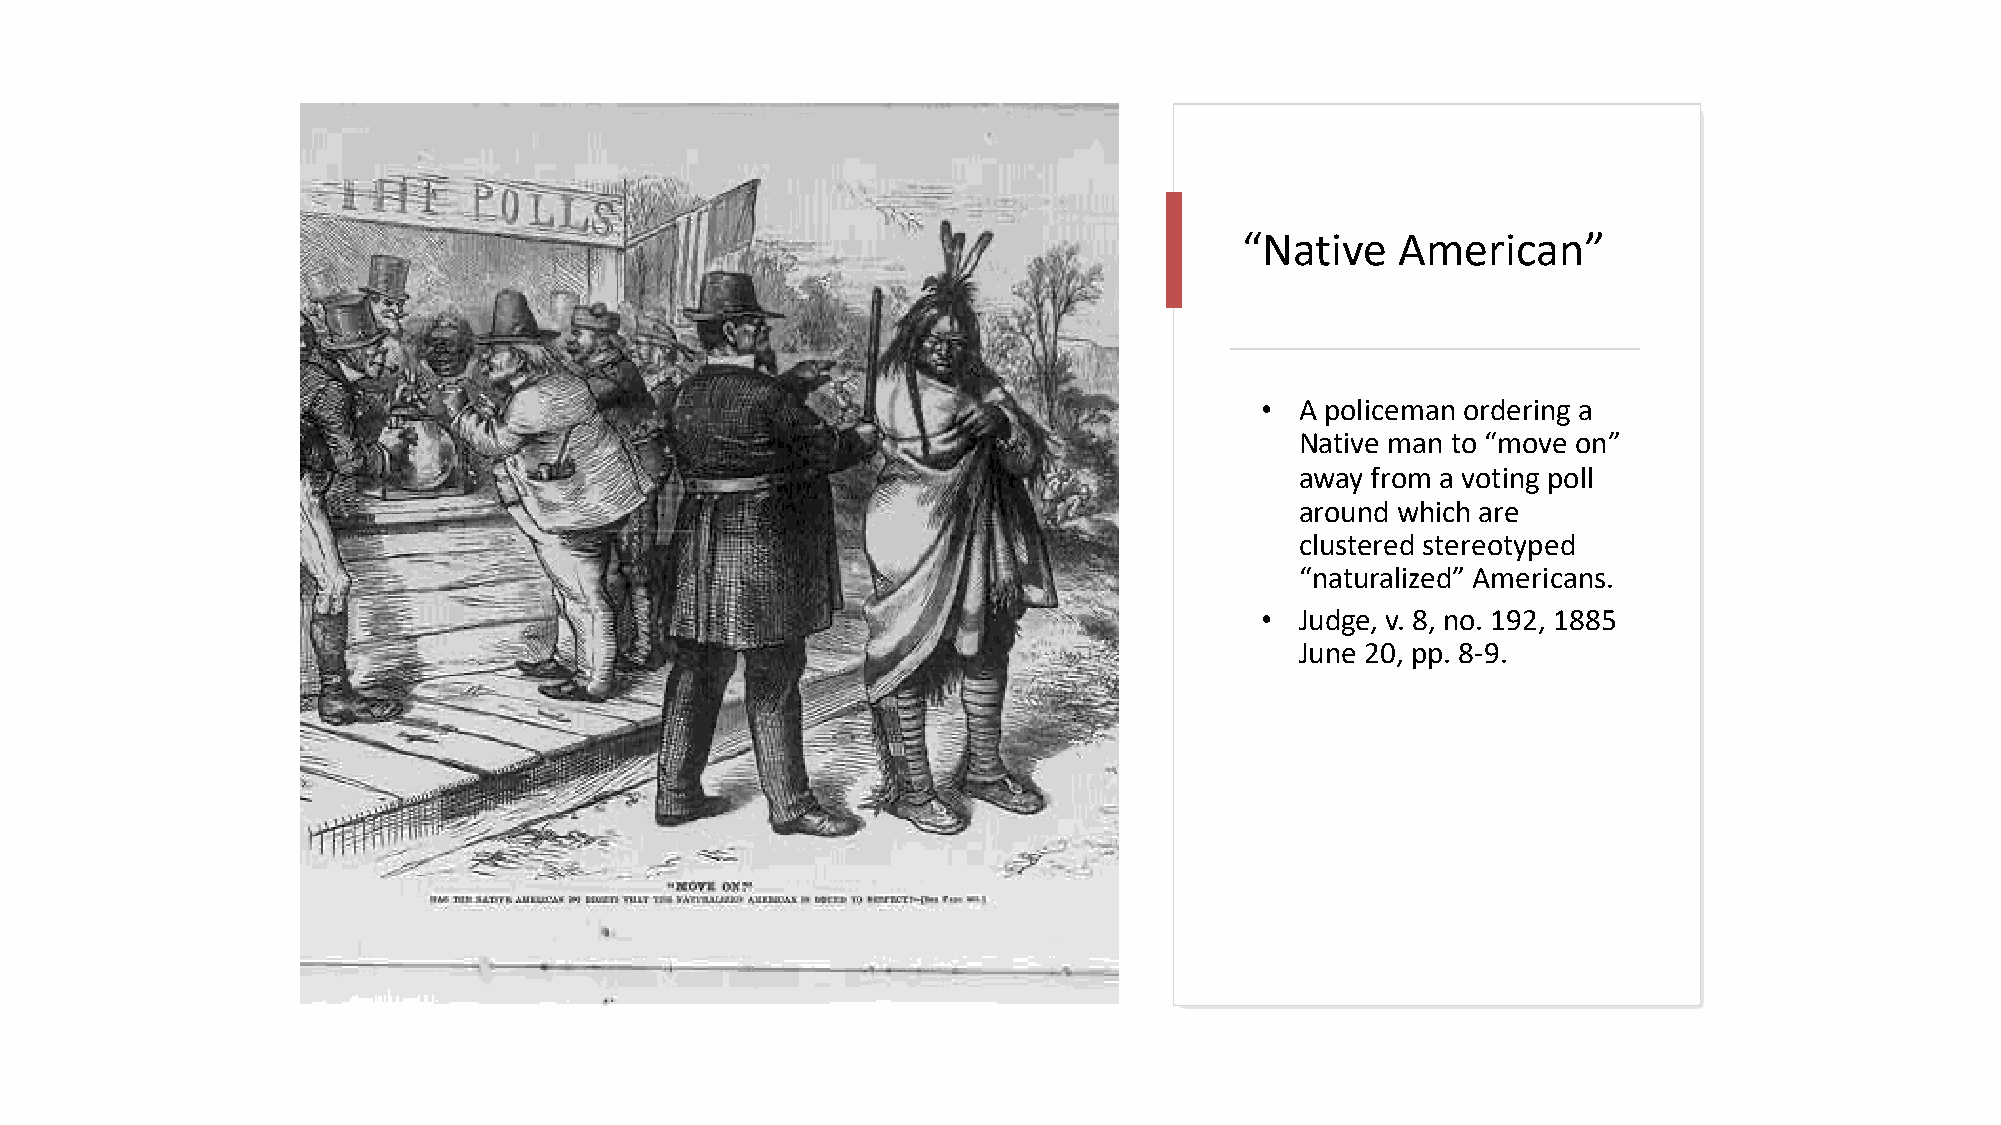
“Native    American”
 •  A policeman ordering a
 Native man to “move on”
 away from a voting poll
 around which are
 clustered stereotyped
 “naturalized” Americans.
 •  Judge, v. 8, no. 192, 1885
 June 20, pp. 8-9.